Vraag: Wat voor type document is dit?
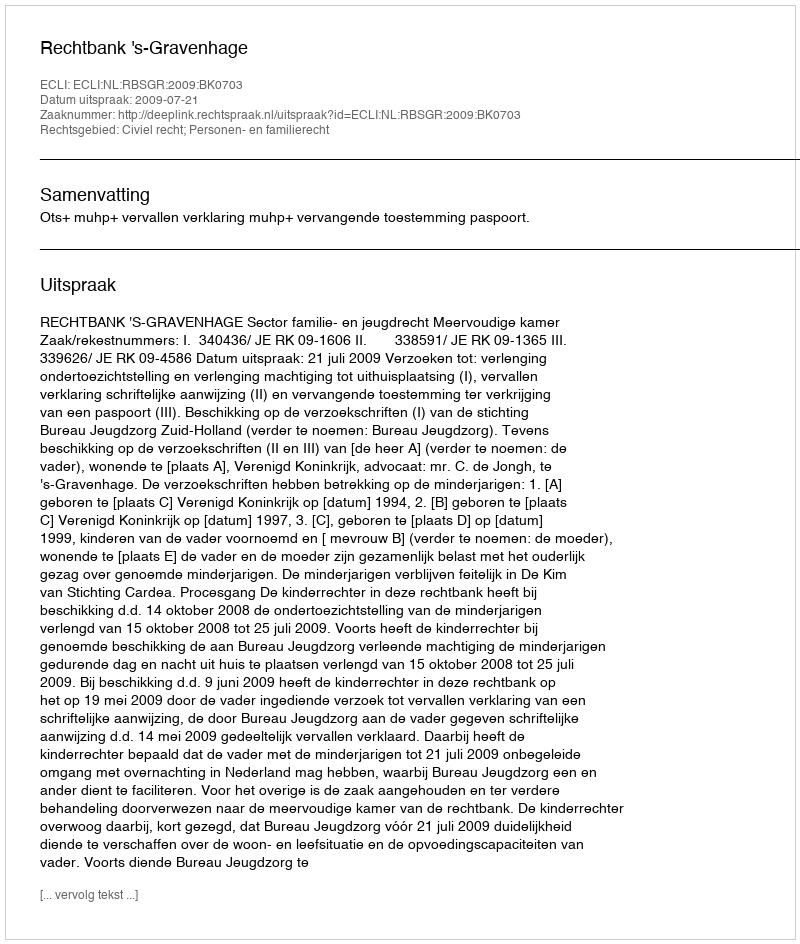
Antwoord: Uitspraak